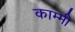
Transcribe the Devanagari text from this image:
काम्मी